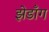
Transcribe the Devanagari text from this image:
झेडाँग